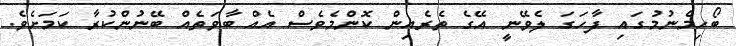
ބޯހިމެނުމުގައި ފާހަގަ ލެވޭނީ އޭގެ ތެރެއިން ކޮންމެވެސް އެއް ބާވަތެއް ބޭނުންކުރާ ކަމަށެވެ.